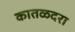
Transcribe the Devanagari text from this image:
कातळदरा